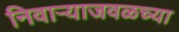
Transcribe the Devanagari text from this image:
निवाऱ्याजवळच्या